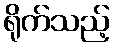
ရိုက်သည့်